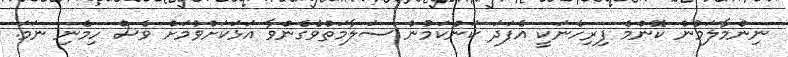
ނިންމާލަމުން ކޮންމެ ފިރިހެނަކީ އެފަދަ ކަންކަމުން ސަލާމަތްވެގެންވާ އަޅަކަށްވުމަށް ވެސް ހިމެނި ނަމަ.